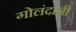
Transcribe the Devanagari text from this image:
गोलंदाज़ी